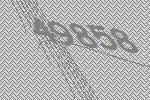
49858